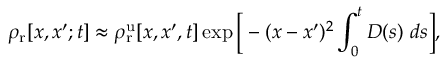
\rho _ { \mathrm { r } } [ x , x ^ { \prime } ; t ] \approx \rho _ { \mathrm { r } } ^ { \mathrm { u } } [ x , x ^ { \prime } , t ] \exp { \Big [ - ( x - x ^ { \prime } ) ^ { 2 } \int _ { 0 } ^ { t } D ( s ) ~ d s \Big ] } ,